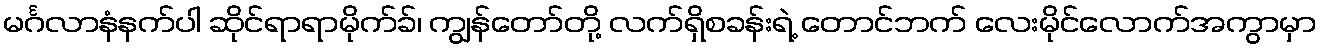
မင်္ဂလာနံနက်ပါ ဆိုင်ရာရာမိုက်ခ်၊ ကျွန်တော်တို့ လက်ရှိစခန်းရဲ့ တောင်ဘက် လေးမိုင်လောက်အကွာမှာ